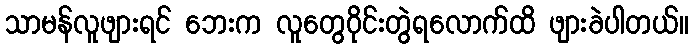
သာမန်လူဖျားရင် ဘေးက လူတွေဝိုင်းတွဲရလောက်ထိ ဖျားခဲပါတယ်။